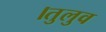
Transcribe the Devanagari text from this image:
।तुलुव